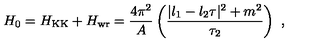
H _ { 0 } = H _ { \mathrm { K K } } + H _ { \mathrm { w r } } = { \frac { 4 \pi ^ { 2 } } { A } } \left( { \frac { | l _ { 1 } - l _ { 2 } \tau | ^ { 2 } + m ^ { 2 } } { \tau _ { 2 } } } \right) \ ,